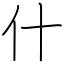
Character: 什